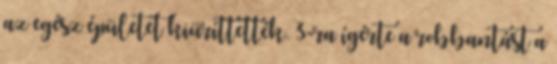
az egész épületet kiüríttették. 3-ra ígérte a robbantást a